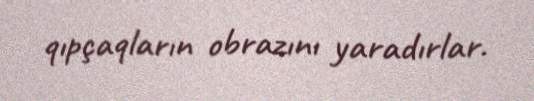
qıpçaqların obrazını yaradırlar.